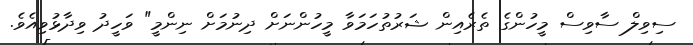
ސިވިލް ސާވިސް މީހުންގެ ތެރެއިން ޝަރުތުހަމަވާ މީހުންނަށް ދިނުމަށް ނިންމީ" ވަހީދު ވިދާޅުވިއެވެ.